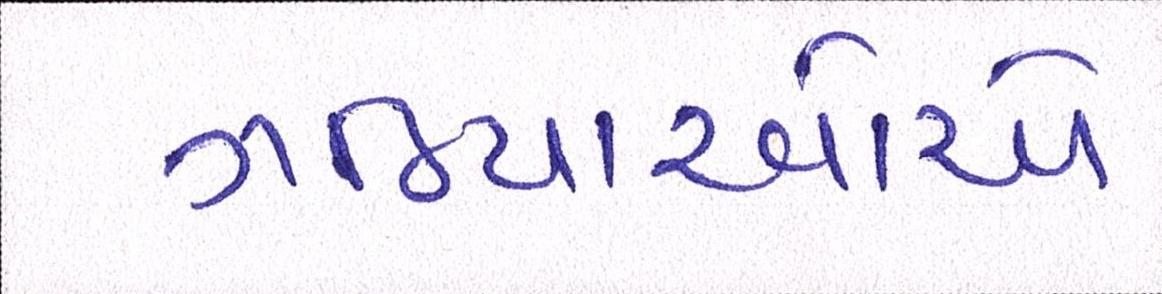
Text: ગઠિયાઓએ